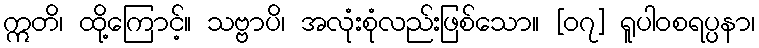
ဣတိ၊ ထို့ကြောင့်။ သဗ္ဗာပိ၊ အလုံးစုံလည်းဖြစ်သော။ [၀၇] ရူပါဝစရပ္ပနာ၊